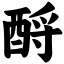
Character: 酹